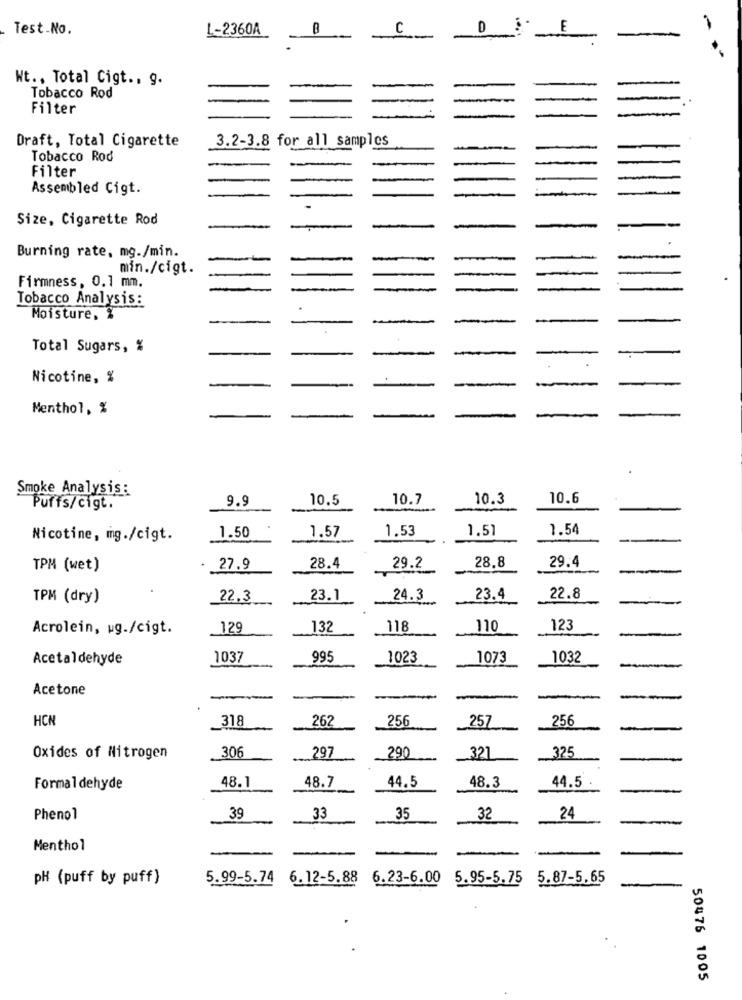
Test.No.
L-2360A
C
-
Nt ., Total Cigt .. 9.
Tobacco Rod
Filter
Draft, Total Cigarette
3.2-3.8 for all samples
Tobacco Rod
Filter
Assembled Cigt.
Size, Cigarette Rod
Burning rate, mg./min.
-
min./cigt.
Firmness, 0.1 mm.
Tobacco Analysis:
.
Moisture, %
-
Total Sugars, %
-
Nicotine, %
Menthol, %
Smoke Analysis :
9.9
10.5
10.7
10.3
10.6
Puffs/cigt.
1.53
1.51
1.54
Nicotine, mg./cigt.
1.50
1.57
28.8
29.4
TPM (wet)
27.9
28.4
29.2
TPM (dry)
22.3
23.1
24.3
-
23.4
22.8
Acrolein, wg./cigt.
129
132
118
110
123
Acetaldehyde
1037
995
1023
1073
1032
Acetone
-
-
HCN
262
256
256
_318
257
-
306
297
.325
Oxides of Nitrogen
290
_321
-
48.1
48.7
44.5
48.3
44.5
Formaldehyde
24
Phenol
39
33
35
32
Menthol
pH (puff by puff)
5.99-5.74
6.12-5.88
6.23-6.00
5.95-5.75
5.87-5.65
50476 1005